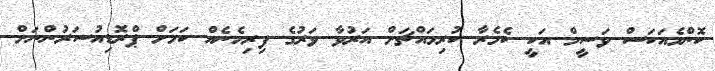
ކޮންމެއަކަސް ވަސީމް އަކީ ކެމެރާ ކުރިމައްޗަށް އަރުވާ ވަރުގެ ފިރިހެނެއް ކަމަށް ޕްރޮޑިއުސަރުންނަށް